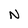
Character: N